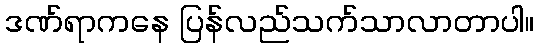
ဒဏ်ရာကနေ ပြန်လည်သက်သာလာတာပါ။